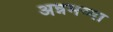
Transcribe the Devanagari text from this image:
अन्नमय्या